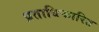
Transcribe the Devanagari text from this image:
प्रताधिकारित